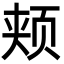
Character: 颊